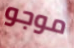
موجو